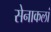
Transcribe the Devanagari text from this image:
सेनाकलां